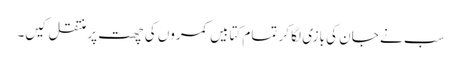
سب نے جان کی بازی لگا کر تمام کتابیں کمروں کی چھت پر منتقل کیں۔